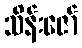
သိန်းဇော်